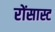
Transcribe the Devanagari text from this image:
रोंसास्ट